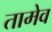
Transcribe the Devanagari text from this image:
तामेव